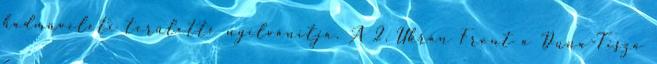
hadmûveleti területté nyilvánítja. A 2. Ukrán Front a Duna-Tisza